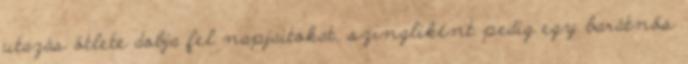
utazás ötlete dobja fel napjaitokat, szingliként pedig egy barátnős